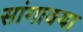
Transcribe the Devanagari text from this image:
सांगावया